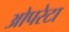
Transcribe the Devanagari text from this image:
ओपरेटा